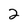
Character: 2